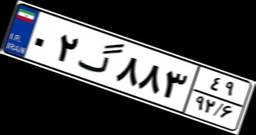
۰۸گ۸۰۴۵۱